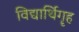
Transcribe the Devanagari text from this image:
विद्यार्थिगॄह